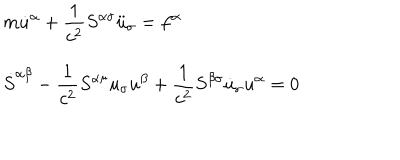
\begin{array} { l l } { { m \dot { u } ^ { \alpha } + \displaystyle \frac { 1 } { c ^ { 2 } } S ^ { \alpha \sigma } \ddot { u } _ { \sigma } = f ^ { \alpha } } } \\ { { \dot { S } ^ { \alpha \beta } - \displaystyle \frac { 1 } { c ^ { 2 } } S ^ { \alpha \sigma } \dot { u } _ { \sigma } u ^ { \beta } + \displaystyle \frac { 1 } { c ^ { 2 } } S ^ { \beta \sigma } \dot { u } _ { \sigma } u ^ { \alpha } = 0 } } \\ \end{array}